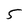
Character: 5